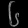
Digit: ၆